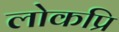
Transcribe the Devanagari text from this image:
लोकप्रि